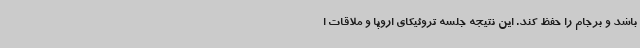
باشد و برجام را حفظ کند. این نتیجه جلسه تروئیکای اروپا و ملاقات ا